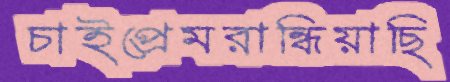
চাইপ্রেমরান্ধিয়াছি